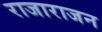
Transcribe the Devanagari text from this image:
राजाराजन